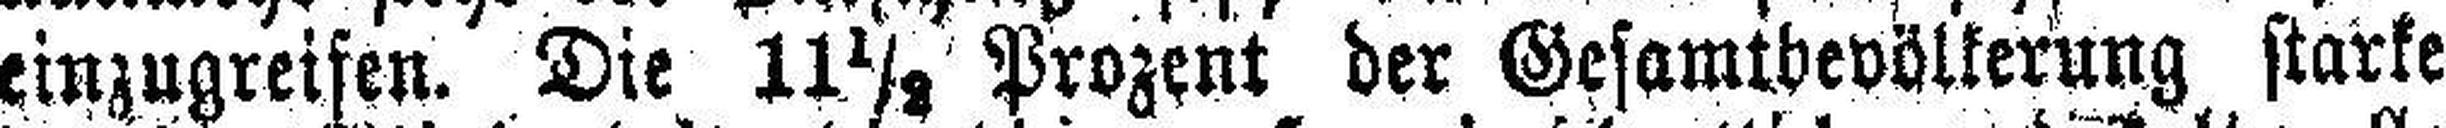
einzugreifen. Die 11½ Prozent der Gesamtbevölkerung starke